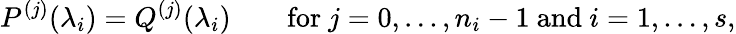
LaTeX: P^{(j)}(\lambda_{i})=Q^{(j)}(\lambda_{i})\qquad{\mathrm{for~}}j=0,\ldots,n_{i}-1{\mathrm{~and~}}i=1,\ldots,s,